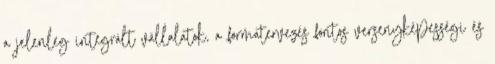
a jelenleg integrált vállalatok, a formatervezés fontos versenyképességi és